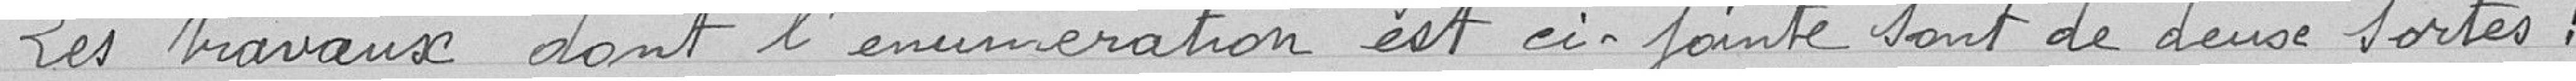
Les travaux dont l'énumération est ci-jointe sont de deux sortes: